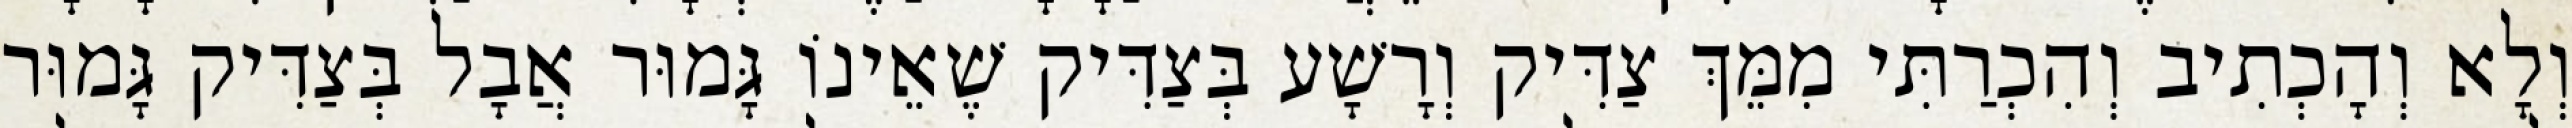
וְלָא וְהָכְתִיב וְהִכְרַתִּי מִמֵּךְ צַדִּיק וְרָשָׁע בְּצַדִּיק שֶׁאֵינוֹ גָּמוּר אֲבָל בְּצַדִּיק גָּמוּר